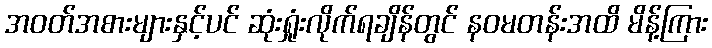
အဝတ်အစားများနှင့်ပင် ဆုံးရှုံးလိုက်ရချိန်တွင် နဝမတန်းအထိ မိန့်ကြား